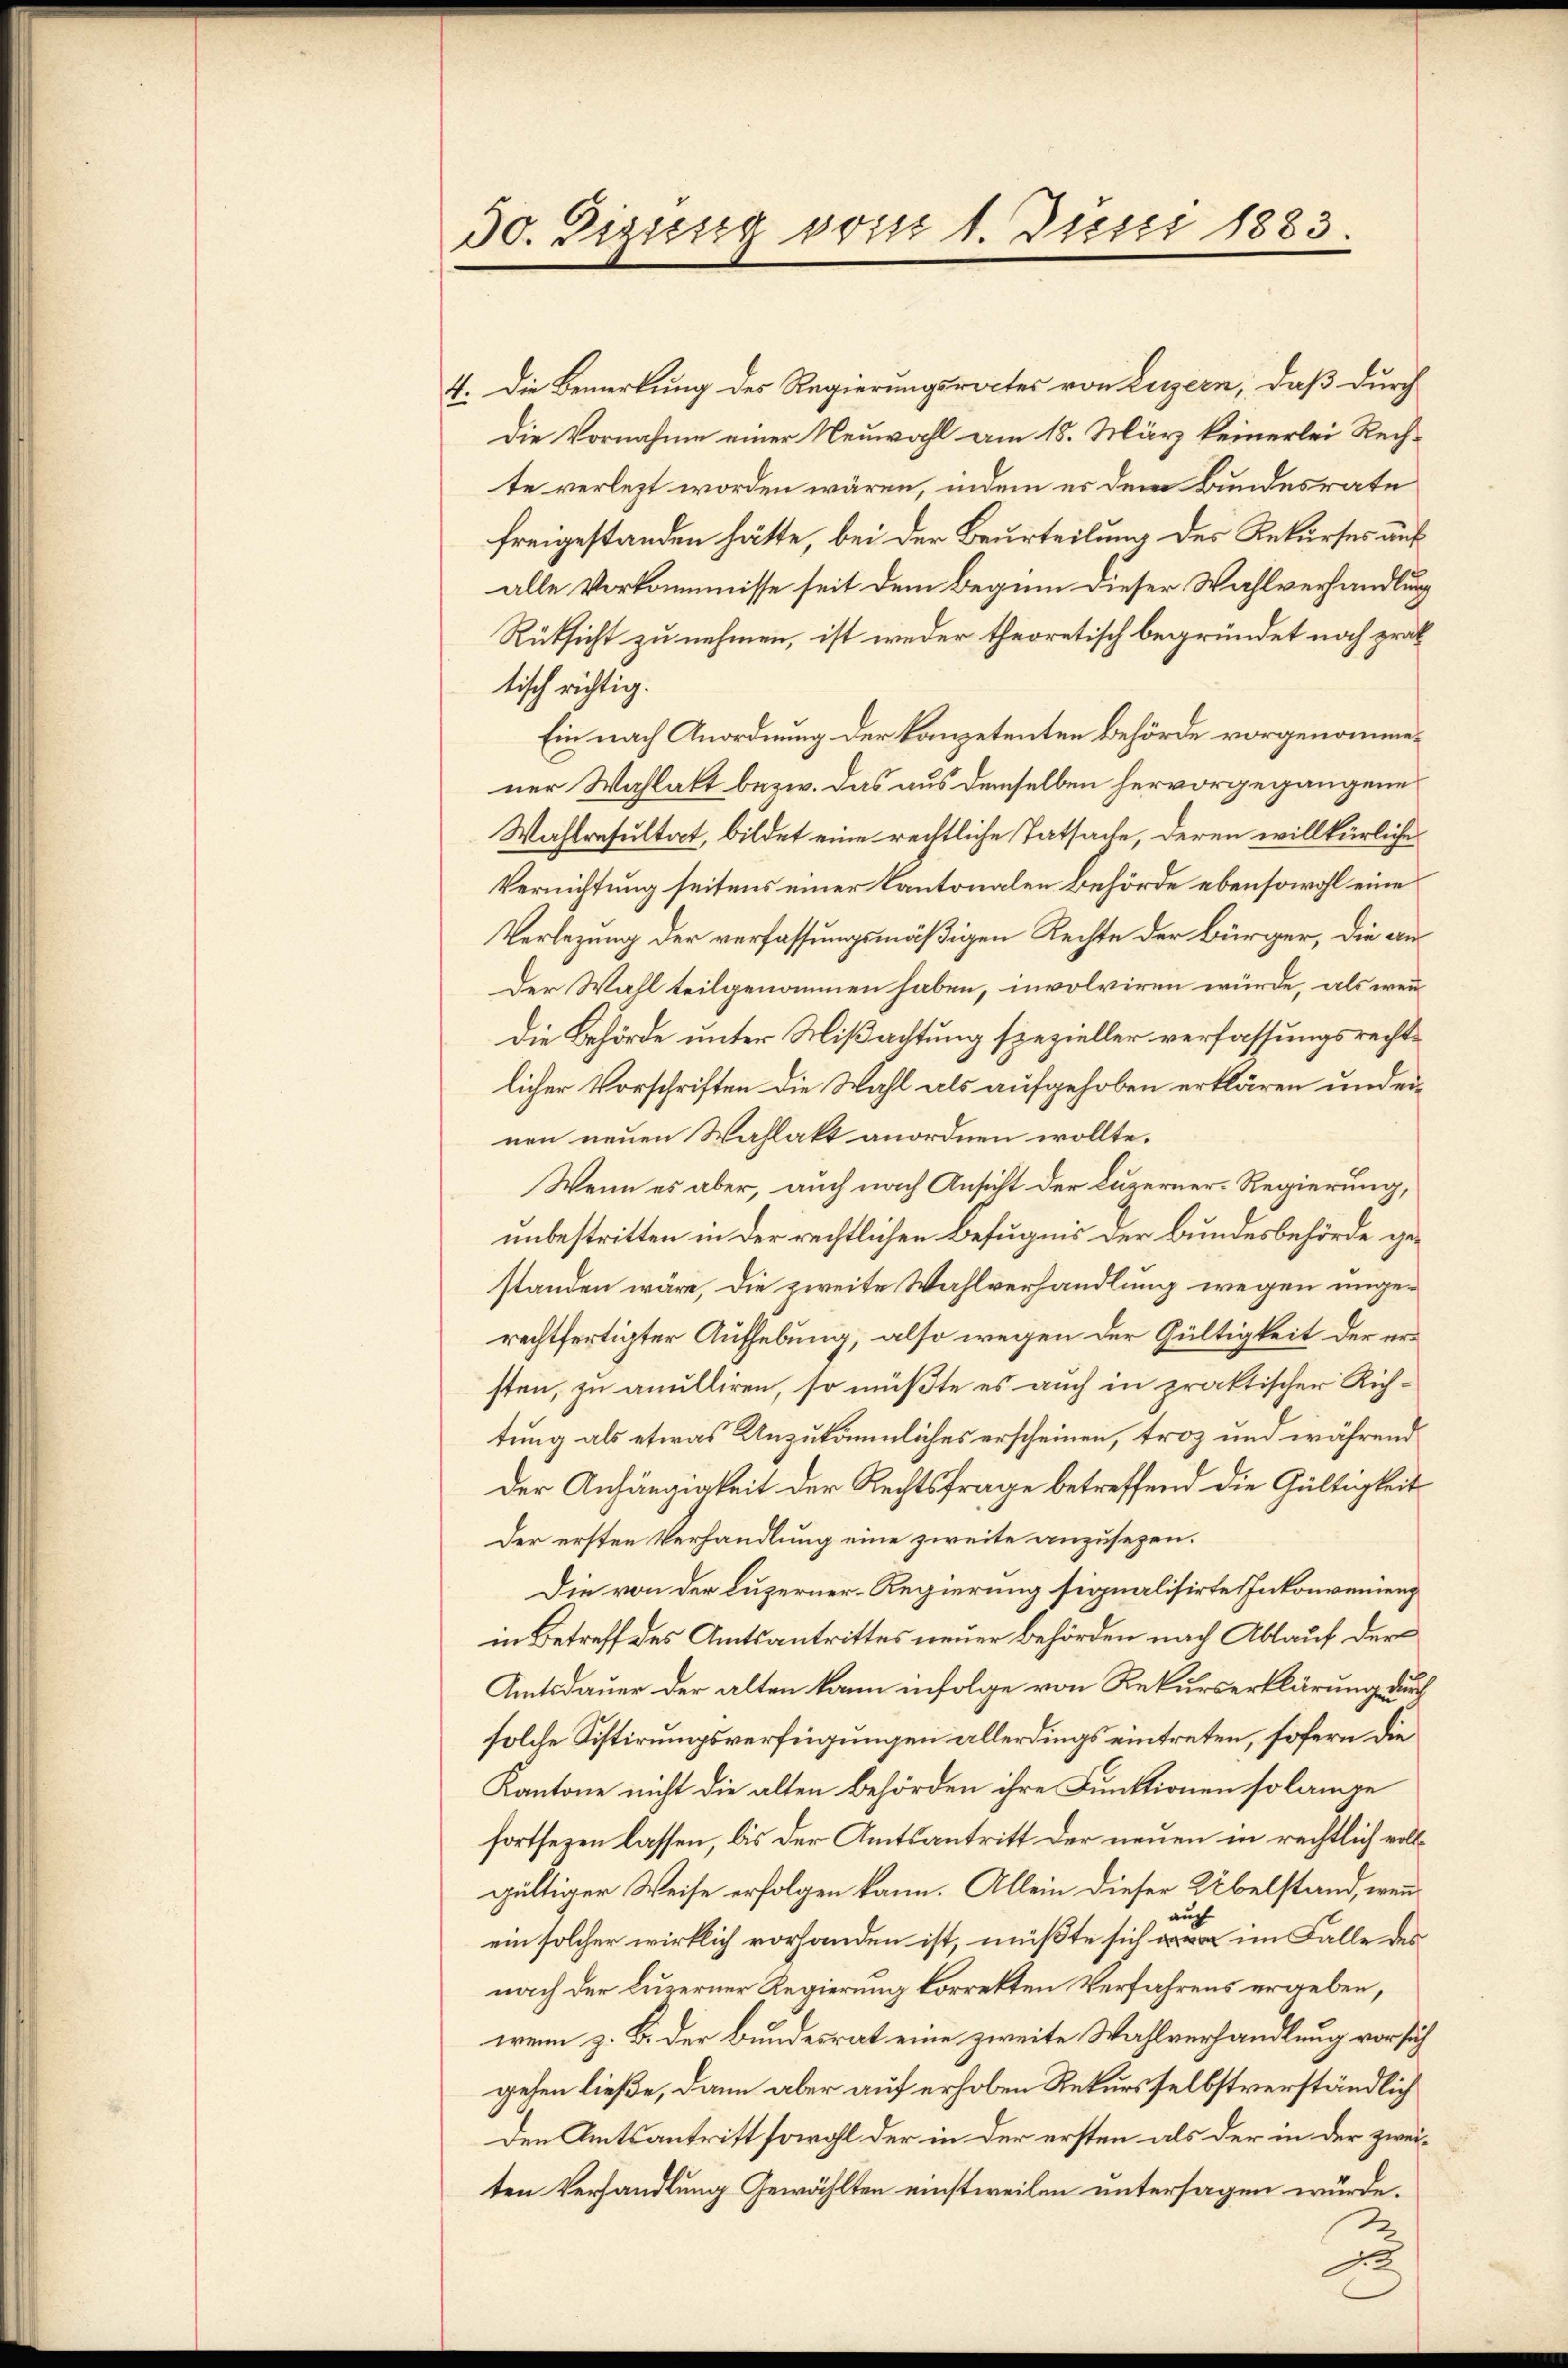
30. Dizissig vom 1. Juni 1883.

4. Die Bemerkung des Regierungsrectes von Luzern, daß durch
Die Vornahme einer Neuwahl am 18. März keinerlei Rechte verletzt worden wären, indem es dem Bundesrate
freigestanden hätte, bei der Beurteilung des Rekurses auf
alle Vorkommisse seit dem Beginn dieser Wahlverhandlung
Rüksicht zu nehmen, ist weder theoretisch begründet noch prak
tisch richtig.
Ein nach Anordnung der kanzetenten Behörde vorgenommener Wahlakt bezw. das aus demselben hervorgegangene
Wahlresultat, bildet eine rechtliche Tatsache, deren willkürliche
Vernichtung seitens einer Kantonalen Behörde ebensowohl eine
Verlegung der verfassungsmäßigen Rechte der Bürger, die an¬
Der Wahl teilgenommen haben, involviren würde, als wenn
Die Behörde unter Mißachtung spezieller verfassungsrechtlicher Vorschriften die Wahl als aufgehoben erklären und einen neuen Wahlakt anordnen wollte.
Wenn es aber, auch nach Ansicht der Luzerner-Regierung,
unbestritten in der rechtlichen Befugnis der Bundesbehörde gestanden wäre, die zweite Wahlverhandlung wegen ungerechtfertigter Aufhebung, also wegen der Gültigkeit der ersten, zu anulliren, so müßte es auch in praktischer Richtung als etwas Unzukömmliches erscheinen, troz und während
Der Anhängigkeit der Rechtsfrage betreffend die Gültigkeit
Der ersten Verhandlung eine zweite anzusehen.
Die von der Luzerner-Regierung signalisirte Inkonvenieng
in Betreff des Amtsantrittes neuer Behörden nach Ablauf der
Amtsdauer der alten kann infolge von Rekurserklärung durch
solche Sistirungsverfügungen allerdings eintreten, sofern die
Kantone nicht die alten Behörden ihre Funktionen solange
fortsezen lassen, bis der Amtsantritt der neuen in rechtlich vollgültiger Weise erfolgen kann. Allein dieser Übelstand, wenn
auch
ein solcher wirklich vorhanden ist, müßte sich im Falle des
nach der Luzerner Regierung korrekten Verfahrens ergeben,
wenn z. B. der Bundesrat eine zweite Wahlverhandlung vor sich
gehen ließe, dann aber auf erhoben Rekurs selbstverständlich
Den Amtsantritt sowohl der in der ersten als der in der zweiten Verhandlung Gewählten einstweilen untersagen würde.

.